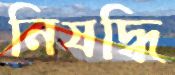
নিষদ্ধি